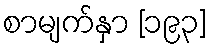
စာမျက်နှာ [၁၉၃]